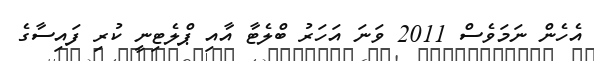
އެހެން ނަމަވެސް 2011 ވަނަ އަހަރު ބްލެޓާ އާއި ޕްލެޓިނީ ކުރި ފައިސާގެ